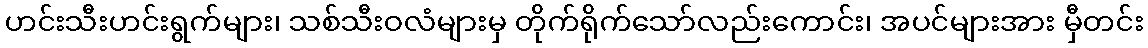
ဟင်းသီးဟင်းရွက်များ၊ သစ်သီးဝလံများမှ တိုက်ရိုက်သော်လည်းကောင်း၊ အပင်များအား မှီတင်း